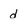
Character: d